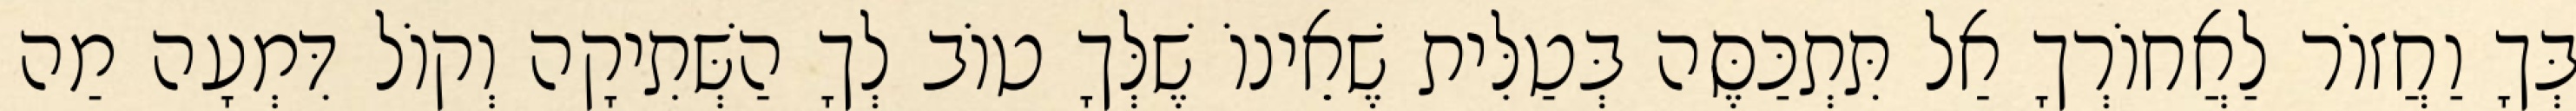
בְּךָ וַחֲזוֹר לַאֲחוֹרְךָ אַל תִּתְכַּסֶּה בְּטַלִּית שֶׁאֵינוֹ שֶׁלְּךָ טוֹב לְךָ הַשְּׁתִיקָה וְקוֹל דִּמְעָה מַה